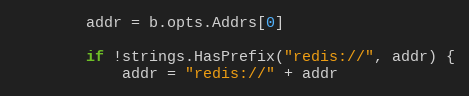
Language: Go
		addr = b.opts.Addrs[0]

		if !strings.HasPrefix("redis://", addr) {
			addr = "redis://" + addr